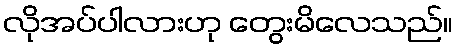
လိုအပ်ပါလားဟု တွေးမိလေသည်။